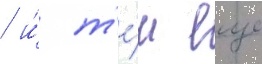
/ и́ т'е́м еще